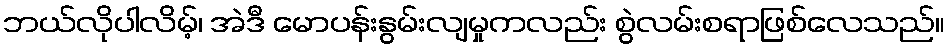
ဘယ်လိုပါလိမ့်၊ အဲဒီ မောပန်းနွမ်းလျမှုကလည်း စွဲလမ်းစရာဖြစ်လေသည်။